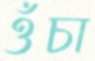
ওঁচা